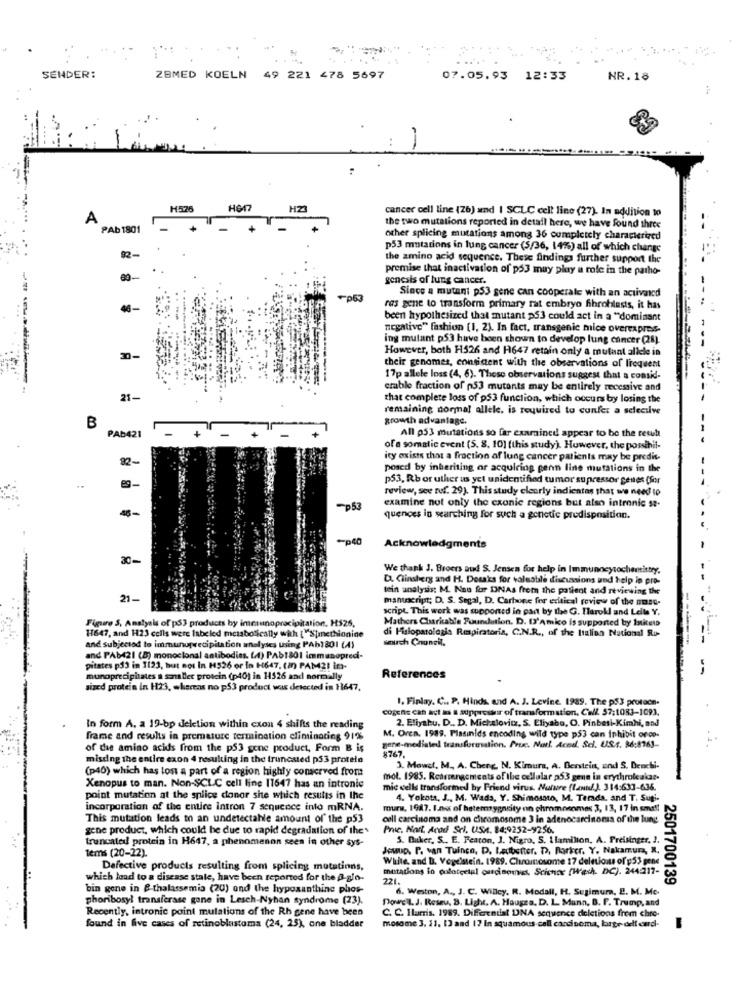
SENDER:
ZBMED KOELN 49 221 478 5697
07.05.93 12:33
NR. 18
-
M576
HG47
HZ3
cancer cell line (Zb) and | SCLC cell line (27). In addition to
A
PAb 1801
the two mutations reported in detail here, we have found three
other splicing mutations among 36 completely characterized
p53 mutations in lung cancer (5/36, 14%) all of which change
the amino acid sequence. These findings further support the
premise that inactivation of p53 muy play a role in the patho-
genesis of lung cancer.
Since a mutant p53 gene can cooperale with an activated
Fp53
46-
ras gene to transform primary rat embryo fibroblasts, it has
been hypothesized that mutant ps3 could act in a "dominant
negative" fashion [1, 2). In fact, transgenic mice overexpres-
ing mulant p53 have been shown to develop lung cancer (29).
However, both H526 and H647 retain only a mulant allele in
30-
------
their genomes, consicent with the observations of firequent
17p allele loss (4, 6). These observations suggest that a consid-
crable fraction of p53 mutants may be entirely recessive and
21-
that complete loss of p53 function, which occurs by losing the
remaining normal allele. is required to cunfer a selecilve
growth advantage.
B
All p53 mutations so far examined appear to be the reuth
PAb421
of a somalic event (S. 8. 10) (this study). However, the possibil-
32-
ity exists that a fraction of lung cancer patients may be predis-
posed by inheriting or acquiring penn line mutations in the
p53, Rbor uther us yet unidentified tumor supressor genes (Sor
review, see ruf. 29). This study clearly indicates that we need to
examine not only the cxonic regions but also intronic se-
46-
p53
quences in searching for such a genetic predisposition.
=p40
Acknowledgments
30-
We thank J. Broers and S. Jensen for help in Immunneysochemistry.
D. Ginsberg and H. Dosaks for valuable discussions und help in pro-
tein unalysis: M. Nou for DNAs frem the patient and reviewing the
21-
mantneript; D. S. Segal, D. Carbone fer critical review of the muse-
script. This work was supported in pan by the G. Harokl and Lelle Y.
Figure S, Analysis of p33 products by immunoprecipitation. HS26,
Mathers Charitable Foundation. D. D'Amico is supported by Initets
di Fisiopatologia Respiratoria, C.N.R ., of the Italian National Ru-
17647, and H23 cells were labeled metabolically with {"Spinethionine
smurch Chunell.
and subjectod to immunoprecipitation analyses using PAb1801 (A)
and PAb421 (8) monoclonal antibodies. (4) PAb1801 immunopredi-
pitates p33 in 1123, but not In H526 or In 1647, (2) PAM2! in-
-
munoprecipitates a smaller protein (p40) in 11526 and normally
References
sized protein in H23, whereas no ps3 product was detected in 1647,
1. Finlay. C ., P. Hinds, and A. J. Levine. 1989. The p53 protocn.
cogene can act as & suppresaur of transformation, Call. 57:1083-1093.
2. Eliyahu. D .. D. Michalovitz, S. Eliyabo, O. Pinbesi-Kimhi, and
In form A. a 19-bp deletion within cxon 4 shifts the reading
frame and results in premature termination eliminating 91%
M. Oren. 1989. Piasinids encoding wild type p53 can inhibit orop-
of dae amino acids from the p53 gene product, Form B is
gene-mediated transformation. Prix. Natl. Acod. Scl. U.S.s. 36:8163-
missing the entire exon 4 resulting in the truncated p53 protein
8767.
(p40) which has tos a part of a region highly conserved from
3. Mowel, M ., A. Cheng, N. Kimura, A. Berstein, and S. Denchi-
mol. 1985. Rearrangements of the cellular p53 gene in erythroleakar-
Xenopus to man. Non-SCLC cell line 11647 has an intronie
mic cells transformed by Friend virus. Nature (1.zu/ J. 314:633-636.
point mutation at the splice donor site which results in the
4. Yokota, J ., M. Wada, Y. Shimosato, M. Terada, and T. Suti-
incorporation of the entire intron 7 sequence into mRNA.
murs, 1987. I.nos of hetermygacity on chromosomes 3, 13, 17 in small
This mutation leads to an undetectable amount of the p53
cell carcinoma and on chromosome 3 in adenocarcinoma of the lung
gene product, which could be due to rapid degradation of the'
Prie, Nort, Acod Srl. USA. 14:9252-9256.
truncated protein in H647, a phenomenon seen in other sys-
5. Duker, S .. E. Featon, J. Nigro, S. Llamilion, A. Preisinger, 2.
Tems (20-22)
JewuD. P. van Tuinen, D. Letbetter. D. Parker, Y. Nakamura, R.
While, and D. Vogelstein. 1989. Chromosome 17 deletions of p53 gene
Defective products resulting from splicing mutations,
mutations lo poloteetal curciseniat. Scivins (Wash. DC). 2442017-
which lead to a disease state, have been reported for the B-glo-
221.
bin gone in & thalassemia (20) ond the hypoxanthine phos-
6. Weston, A ., J. C. Willcy. R. Modall, H. Sugimura, 2. M. Mc-
2501700139
phoribosyl transferase gone in Lesch-Nyhan syndrome (23).
Dowe L. J. Reseu, B. Light. A. Haugea. D. L. Mann, B. F. Trump, and
Recently, intronic point mulations of the Rh gene have been
C. C. Ilurris. 1989. Differential DNA sequence deletions from chro-
found in five cases of retinoblastoma (24, 25), one bladder
mosome 3. 11, 13 and 17 In squamous-cell carcinoma, large- delf card-